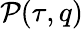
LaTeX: \mathcal{P}(\tau,q)